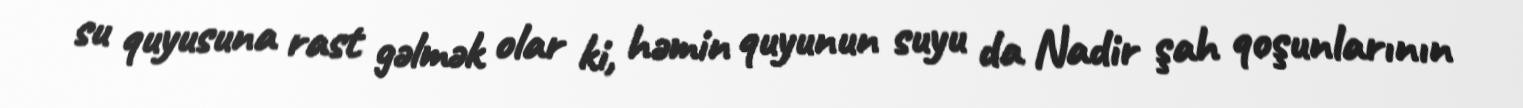
su quyusuna rast gəlmək olar ki, həmin quyunun suyu da Nadir şah qoşunlarının